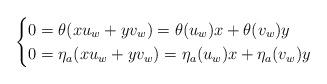
LaTeX: \begin{align*} \begin{cases} 0 = \theta(xu_w+yv_w) = \theta(u_w)x+\theta(v_w)y\\ 0 = \eta_a(xu_w+yv_w) = \eta_a(u_w)x+\eta_a(v_w)y \end{cases} \end{align*}